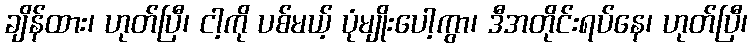
ချိန်ထား၊ ဟုတ်ပြီ၊ ငါ့ကို ပစ်မယ့် ပုံမျိုးပေါ့ကွာ၊ ဒီအတိုင်းရပ်နေ၊ ဟုတ်ပြီ၊